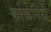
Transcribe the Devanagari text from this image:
कोळेगिरी